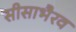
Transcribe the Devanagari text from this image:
सीसाभैरव